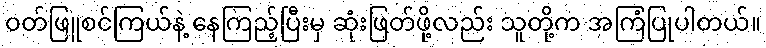
ဝတ်ဖြူစင်ကြယ်နဲ့ နေကြည့်ပြီးမှ ဆုံးဖြတ်ဖို့လည်း သူတို့က အကြံပြုပါတယ်။